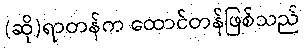
(ဆို)ရာတန်က ထောင်တန်ဖြစ်သည်